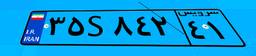
۳۵S۸۴۲۴۱